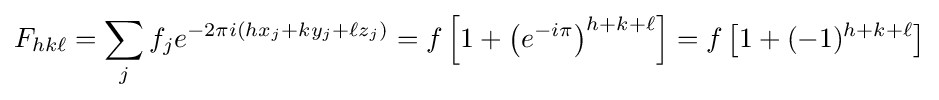
F_{hk\ell }=\sum _{j}f_{j}e^{-2\pi i(hx_{j}+ky_{j}+\ell z_{j})}=f\left[1+\left(e^{-i\pi }\right)^{h+k+\ell }\right]=f\left[1+(-1)^{h+k+\ell }\right]